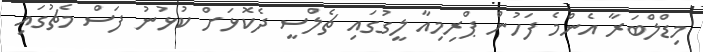
މިޑްލްބަރާ އެންމެ ފަހުން ޕްރިމިއާ ލީގުގައި ޗެލްސީ ދެކޮޅަށް ކުޅުނު ފަސް މެޗުގައި